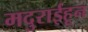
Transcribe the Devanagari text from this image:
मदुराईहून